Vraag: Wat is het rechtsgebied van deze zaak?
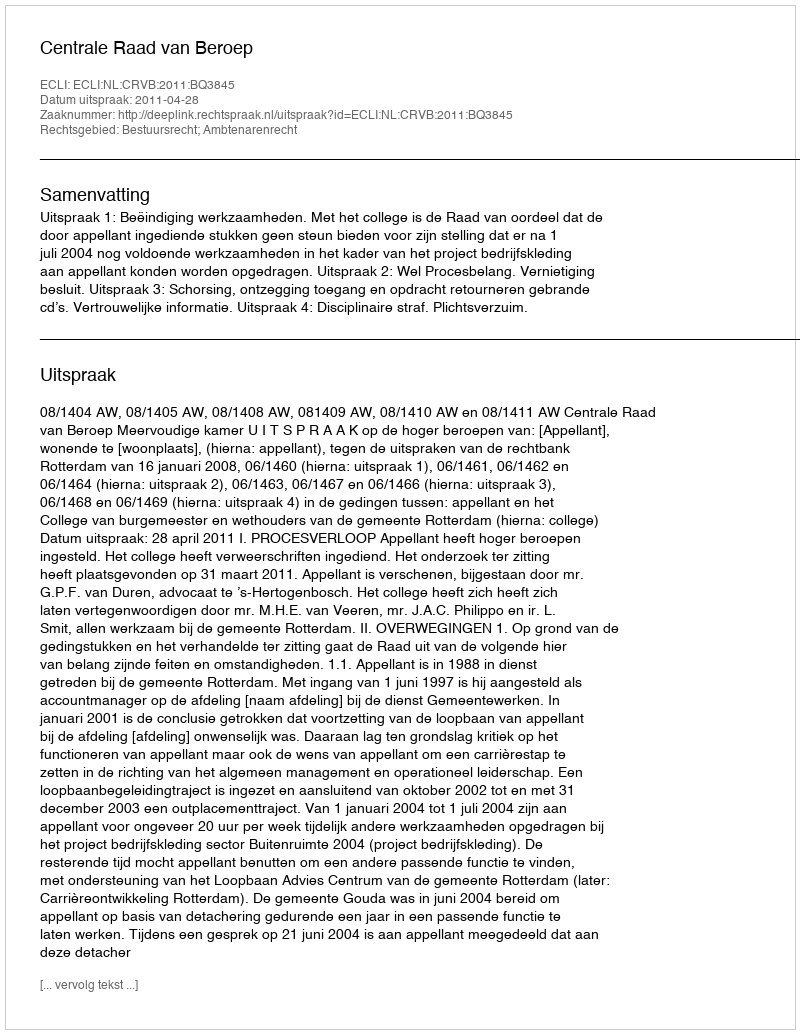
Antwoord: Bestuursrecht; Ambtenarenrecht